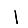
Digit: 1